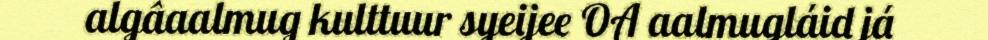
algâaalmug kulttuur syeijee OA aalmugláid já